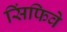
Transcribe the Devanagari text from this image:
सिंफिवे